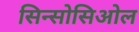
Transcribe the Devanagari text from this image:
सिन्सोसिओल